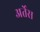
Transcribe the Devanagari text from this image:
अर्तेस